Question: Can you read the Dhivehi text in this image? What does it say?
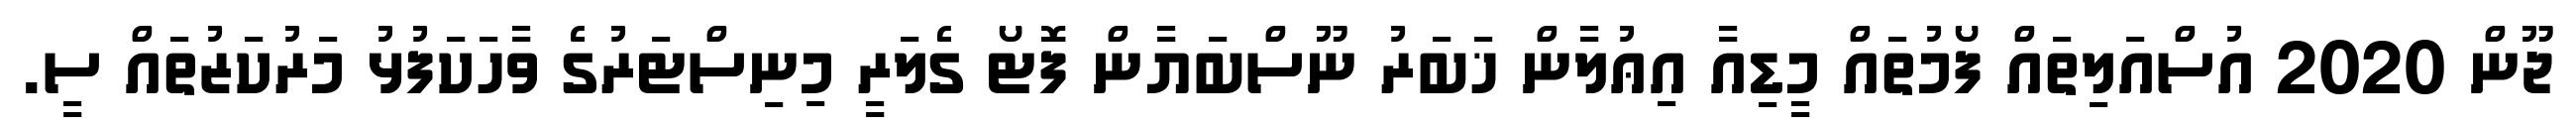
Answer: ޖޫން 2020 އުސްއަލިތައް ފޯމުތައް މީޑިއާ އިޢުލާން ޚަބަރު ނޫސްބަޔާން ފޮޓޯ ގެލަރީ މިނިސްޓަރުގެ ވާހަކަފުޅު މަރުކަޒުތައް ސީ.